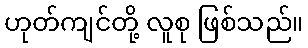
ဟုတ်ကျင်တို့ လူစု ဖြစ်သည်။